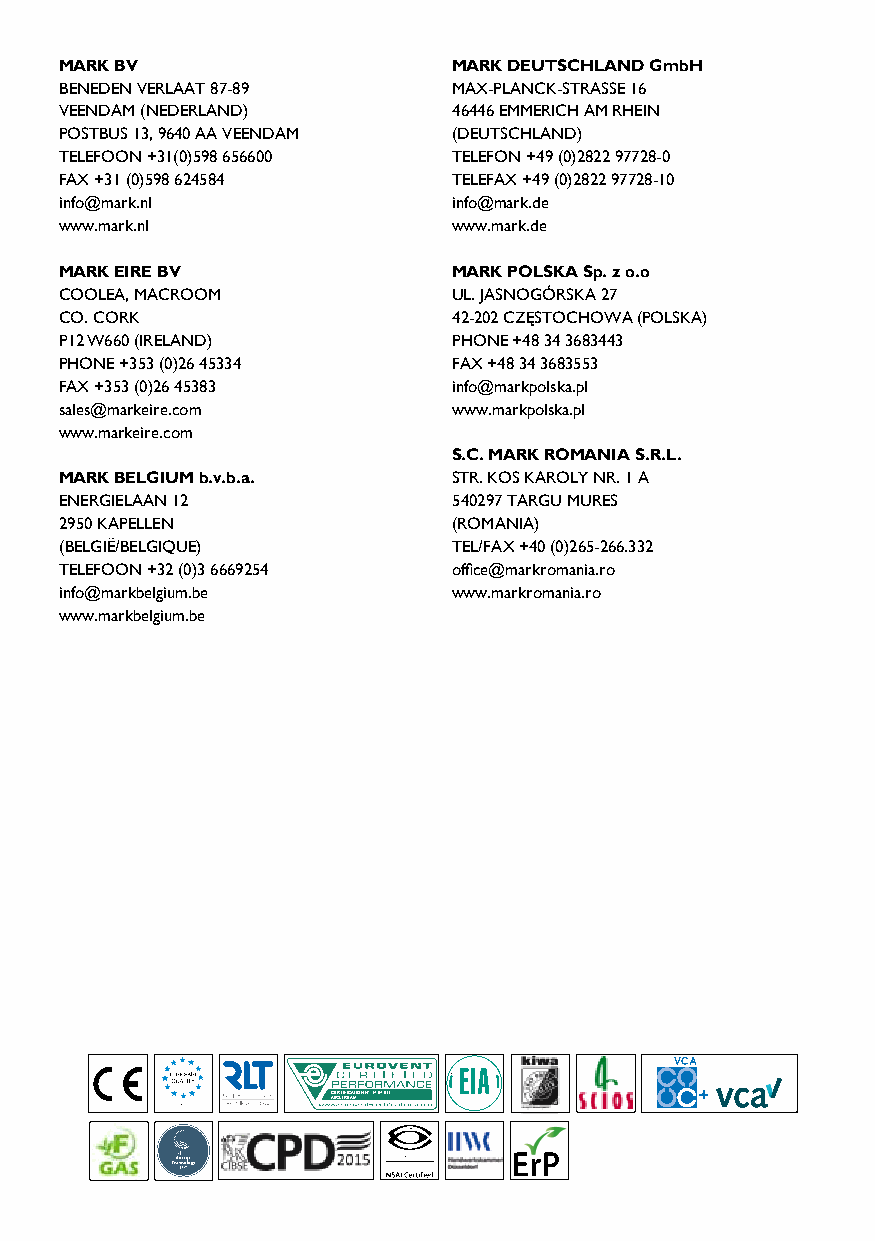
MARK BV                   MARK DEUTSCHLAND GmbH
 BENEDEN VERLAAT 87-89     MAX-PLANCK-STRASSE 16
 VEENDAM (NEDERLAND)       46446 EMMERICH AM RHEIN
 POSTBUS 13, 9640 AA VEENDAM (DEUTSCHLAND)
 TELEFOON +31(0)598 656600 TELEFON +49 (0)2822 97728-0
 FAX +31 (0)598 624584     TELEFAX +49 (0)2822 97728-10
 info@mark.nl              info@mark.de
 www.mark.nl               www.mark.de
 MARK EIRE BV              MARK POLSKA Sp. z o.o
 COOLEA, MACROOM           UL. JASNOGÓRSKA 27
 CO. CORK                  42-202 CZĘSTOCHOWA (POLSKA)
 P12 W660 (IRELAND)        PHONE +48 34 3683443
 PHONE +353 (0)26 45334    FAX +48 34 3683553
 FAX +353 (0)26 45383      info@markpolska.pl
 sales@markeire.com        www.markpolska.pl
 www.markeire.com
 S.C. MARK ROMANIA S.R.L.
 MARK BELGIUM b.v.b.a.     STR. KOS KAROLY NR. 1 A
 ENERGIELAAN 12            540297 TARGU MURES
 2950 KAPELLEN             (ROMANIA)
 (BELGIË/BELGIQUE)         TEL/FAX +40 (0)265-266.332
 TELEFOON +32 (0)3 6669254 office@markromania.ro
 info@markbelgium.be       www.markromania.ro
 www.markbelgium.be
 CAIERRSTTIRFIECAAMTION N°: 17.07.011 CAIERRSTTIRFIECAAMTION N°: 17.07.011
 CAIERRSTTIRFIECAAMTION N°: 17.07.011 CAIERRSTTIRFIECAAMTION N°: 17.07.011